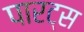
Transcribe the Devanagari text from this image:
पारट्स